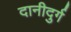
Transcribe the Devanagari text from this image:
दानीदुर्ग